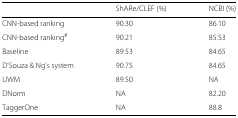
|  | ShARe/CLEF (%) | NCBI (%) |
 | --- | --- | --- |
 | CNN-based ranking | 90.30 | 86.10 |
 | CNN-based ranking# | 90.21 | 85.53 |
 | Baseline | 89.53 | 84.65 |
 | D’Souza & Ng’s system | 90.75 | 84.65 |
 | UWM | 89.50 | NA |
 | DNorm | NA | 82.20 |
 | TaggerOne | NA | 88.8 |